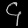
Digit: ၄